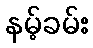
နမ့်ခမ်း